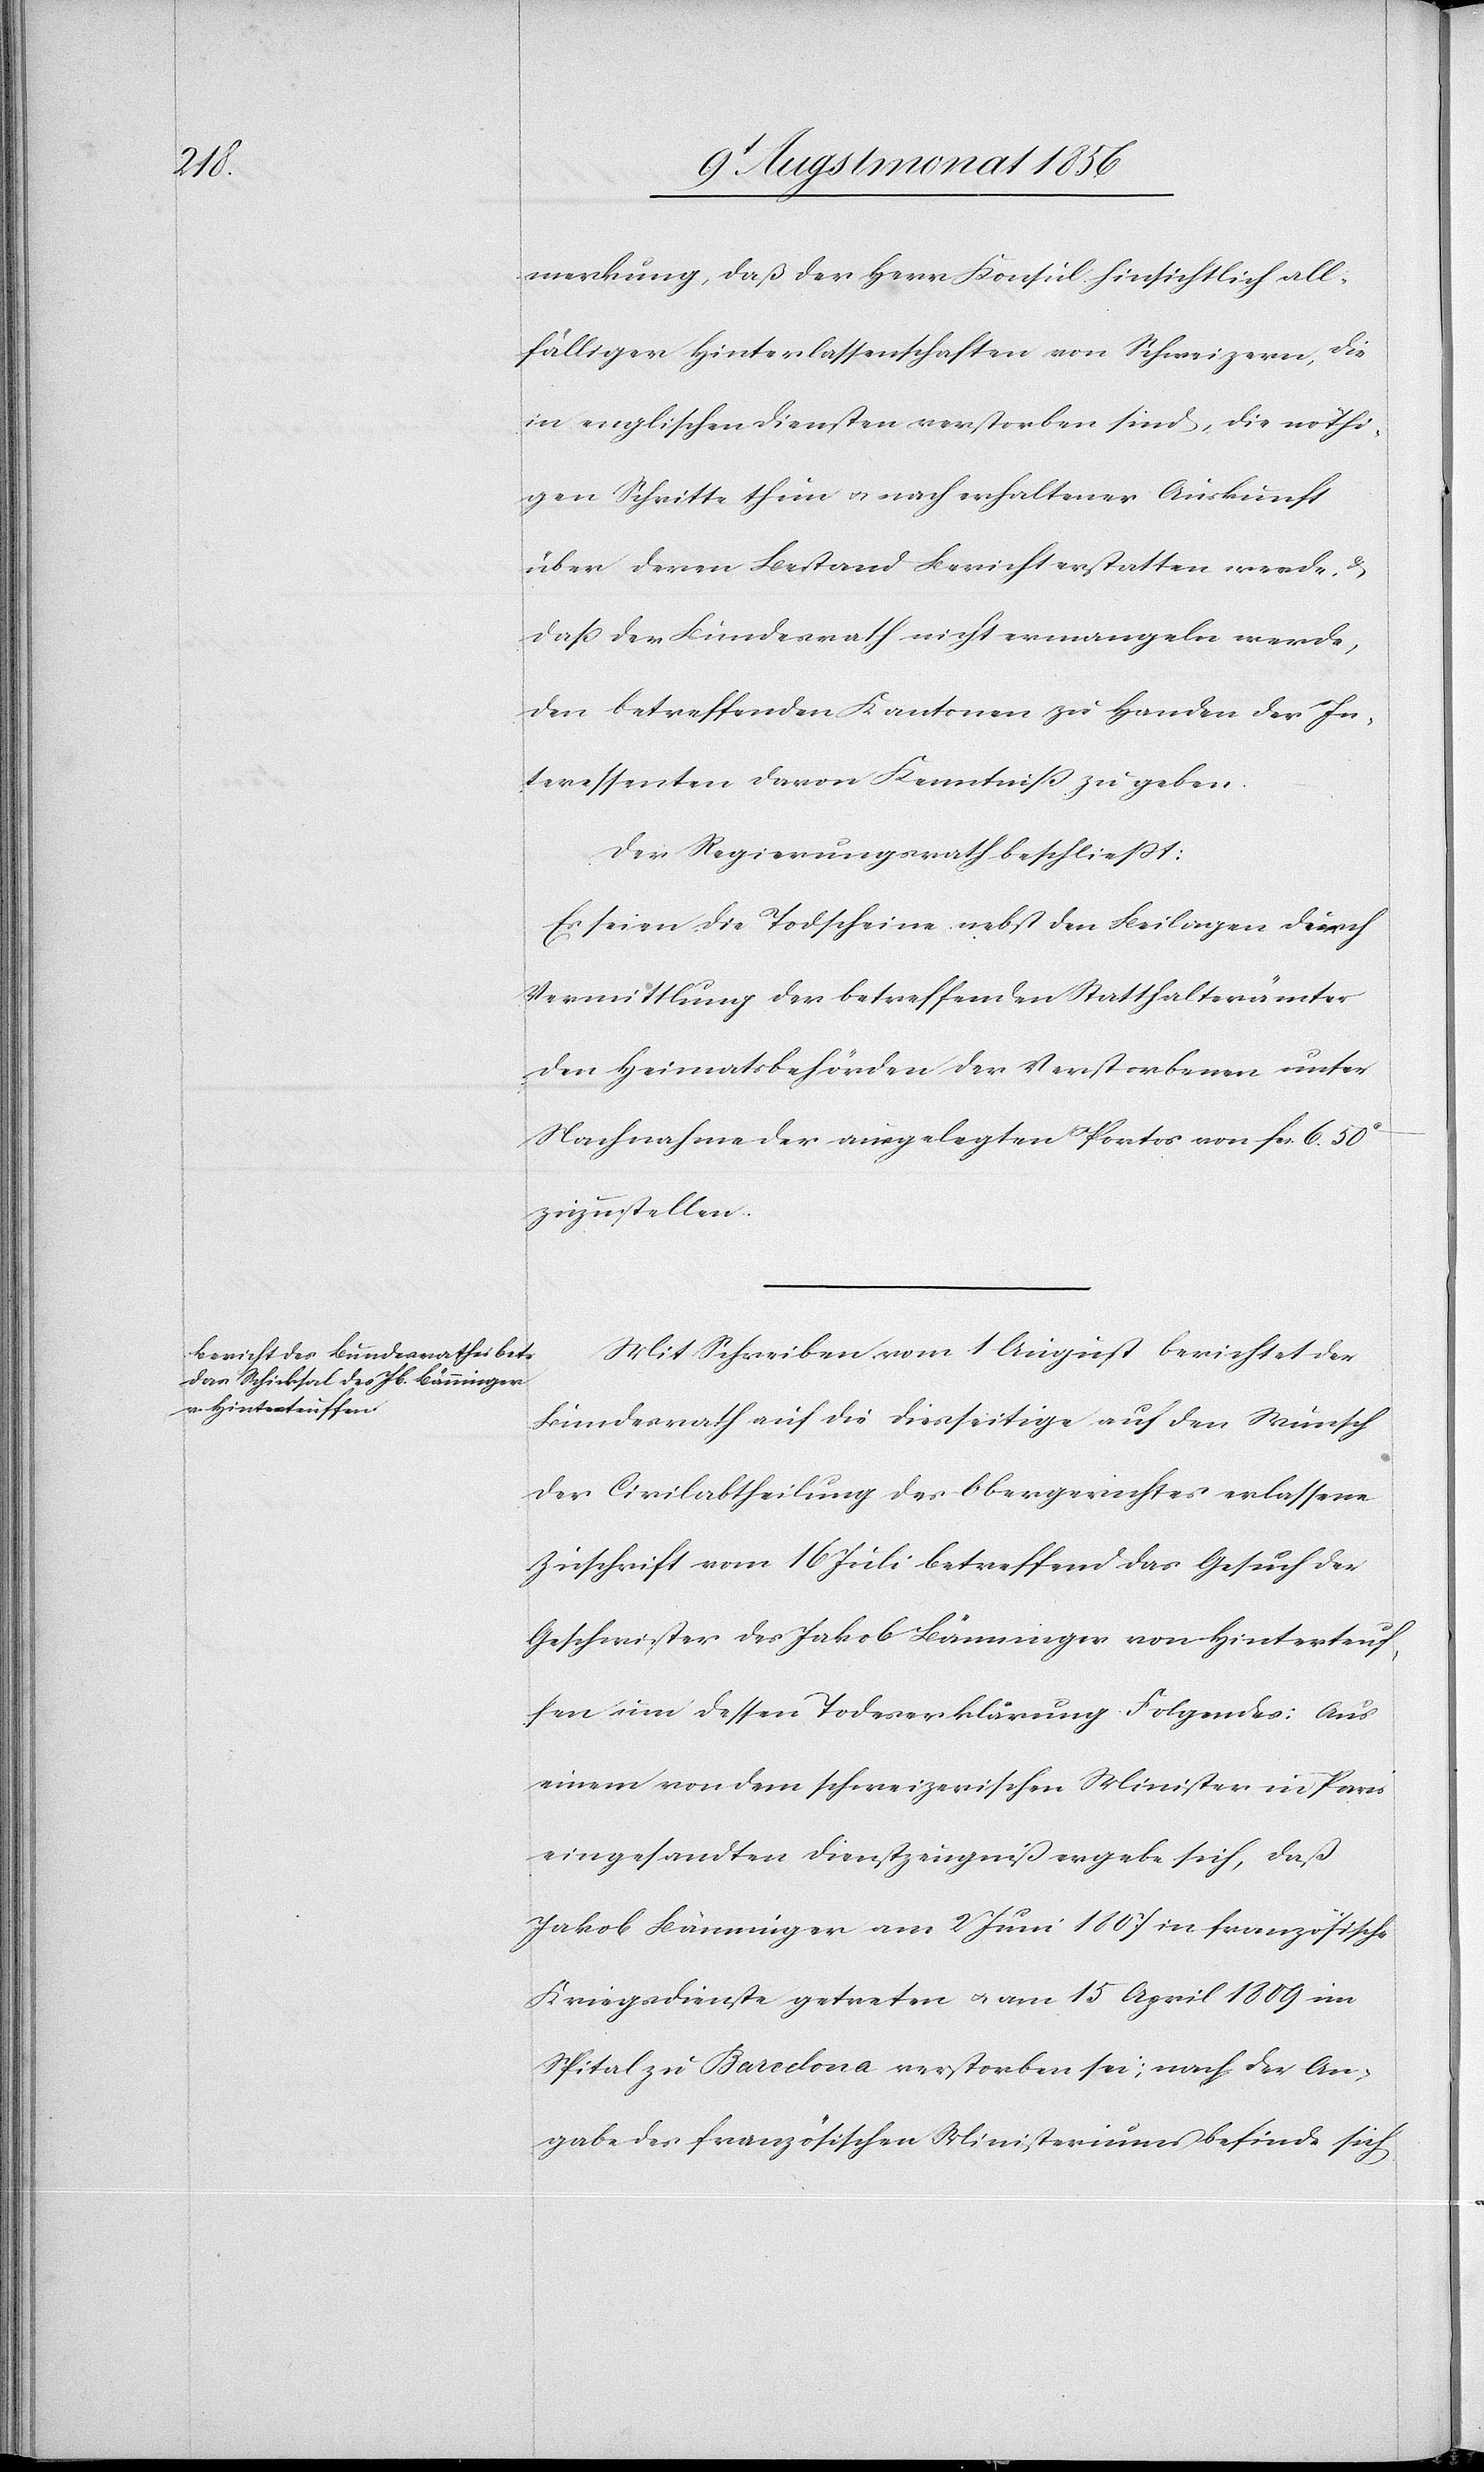
merkung, daß der Herr Konsul hinsichtlich all¬
fälliger Hinterlassenschaften von Schweizern, die
in englischen Diensten verstorben sind, die nöthi¬
gen Schritte thun u. nach erhaltener Auskunft
über deren Bestand Bericht erstatten werde, &
dass der Bundesrath nicht ermangeln werde,
den betreffenden Kantonen zu Handen der In¬
teressenten davon Kenntniß zu geben.
Der Regierungsrath beschließt:
Es seien die Todscheine nebst den Beilagen durch
Vermittlung der betreffenden Statthalterämter
den Heimatsbehörden der Verstorbenen unter
Nachnahme der ausgelegten Portos von fcs. 6. 50c
zuzustellen.
Mit Schreiben vom 1 August berichtet der
Bundesrath auf die diesseitige auf den Wunsch
der Civilabtheilung des Obergerichtes erlassene
Zuschrift vom 16 Juli betreffend das Gesuch der
Geschwister des Jakob Bänninger von Hinterteuf¬
fen um dessen Todeserklärung Folgendes: Aus
einem von dem schweizerischen Minister in Paris
eingesandten Dienstzeugniß ergebe sich, daß
Jakob Bänninger am 2 Juni 1807 in französische
Kriegsdienste getreten u. am 15 April 1809 im
Spital zu Barcelona verstorben sei; nach der An¬
gabe des französischen Ministeriums befinde sich